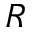
R